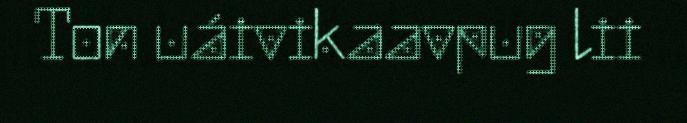
Ton uáivikaavpug lii